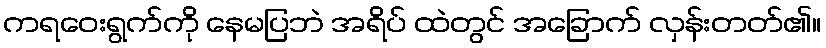
ကရဝေးရွက်ကို နေမပြဘဲ အရိပ် ထဲတွင် အခြောက် လှန်းတတ်၏။